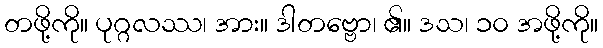
တဖို့ကို။ ပုဂ္ဂလဿ၊ အား။ ဒါတဗ္ဗော၊ ၏။ ဒသ၊ ၁၀ အဖို့ကို။